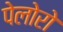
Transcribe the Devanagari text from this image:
पेलोरो